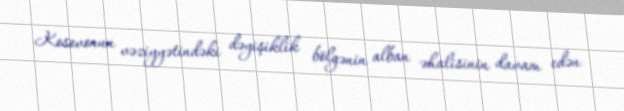
Kosovonun vəziyyətindəki dəyişiklik bölgənin alban əhalisinin davam edən